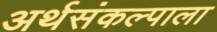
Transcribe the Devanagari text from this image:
अर्थसंकल्पाला